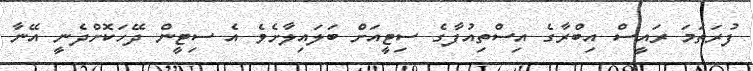
ފުރަތަމަ ރައީސް އިބްރާގެ އިސްތިއުފާގެ ސިޓީއަށް ބަލައިލާށެވެ އެ ސިޓީން ދޭހަކޮށްދެނީ އޭނާ